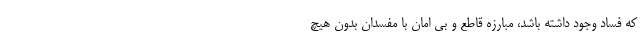
که فساد وجود داشته باشد، مبارزه قاطع و بی امان با مفسدان بدون هیچ